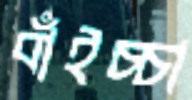
বাঁইচ্চা